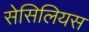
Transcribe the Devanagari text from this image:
सेसिलियस